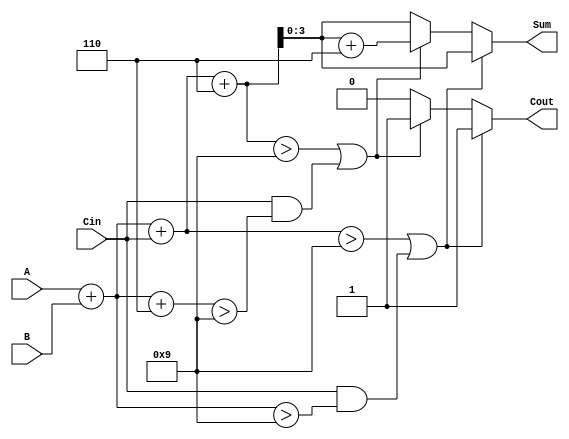
module BCD_MCSA (
    input  wire [3:0] A,      // BCD input A
    input  wire [3:0] B,      // BCD input B
    input  wire Cin,          // Carry-in
    output reg  [3:0] Sum,    // BCD output Sum
    output reg  Cout          // Carry-out
);

    // Intermediate signals
    wire [4:0] Sum0, Sum1;    // 5-bit to accommodate carry
    wire Cout0, Cout1;        // Carry-out for both sums

    // Initial addition
    assign Sum0 = A + B + Cin; // Sum when carry is 0
    assign Sum1 = A + B + Cin + 4'b0110; // Sum when carry is 1 (adding 6 for BCD correction)

    // Carry generation
    assign Cout0 = (Sum0 > 9) || (Cin && (A + B > 9)); // Carry-out for Sum0
    assign Cout1 = (Sum1 > 9) || (Cin && (A + B + 4'b0110 > 9)); // Carry-out for Sum1

    // BCD correction logic
    always @(*) begin
        if (Cout0) begin
            Sum = Sum0 + 4'b0110; // Correct Sum0 if it exceeds BCD
            Cout = 1'b1;          // Set carry-out to 1
        end else if (Cout1) begin
            Sum = Sum1 + 4'b0110; // Correct Sum1 if it exceeds BCD
            Cout = 1'b1;          // Set carry-out to 1
        end else begin
            Sum = (Cout0) ? Sum0 : Sum1; // Select the appropriate sum
            Cout = 1'b0;          // Set carry-out to 0
        end
    end

endmodule